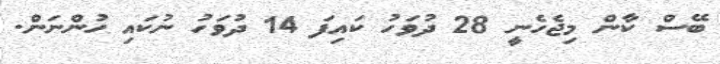
ބޭސް ކާން މިޖެހެނީ 28 ދުވަހު ކައިފަ 14 ދުވަހު ނުކައި ހުންނަން.